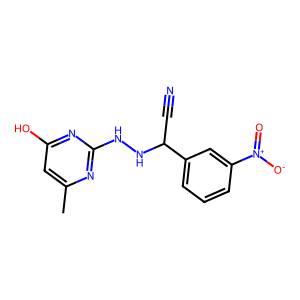
SMILES: Cc1cc(O)nc(NNC(C#N)c2cccc([N+](=O)[O-])c2)n1
Inhibits HIV replication: No